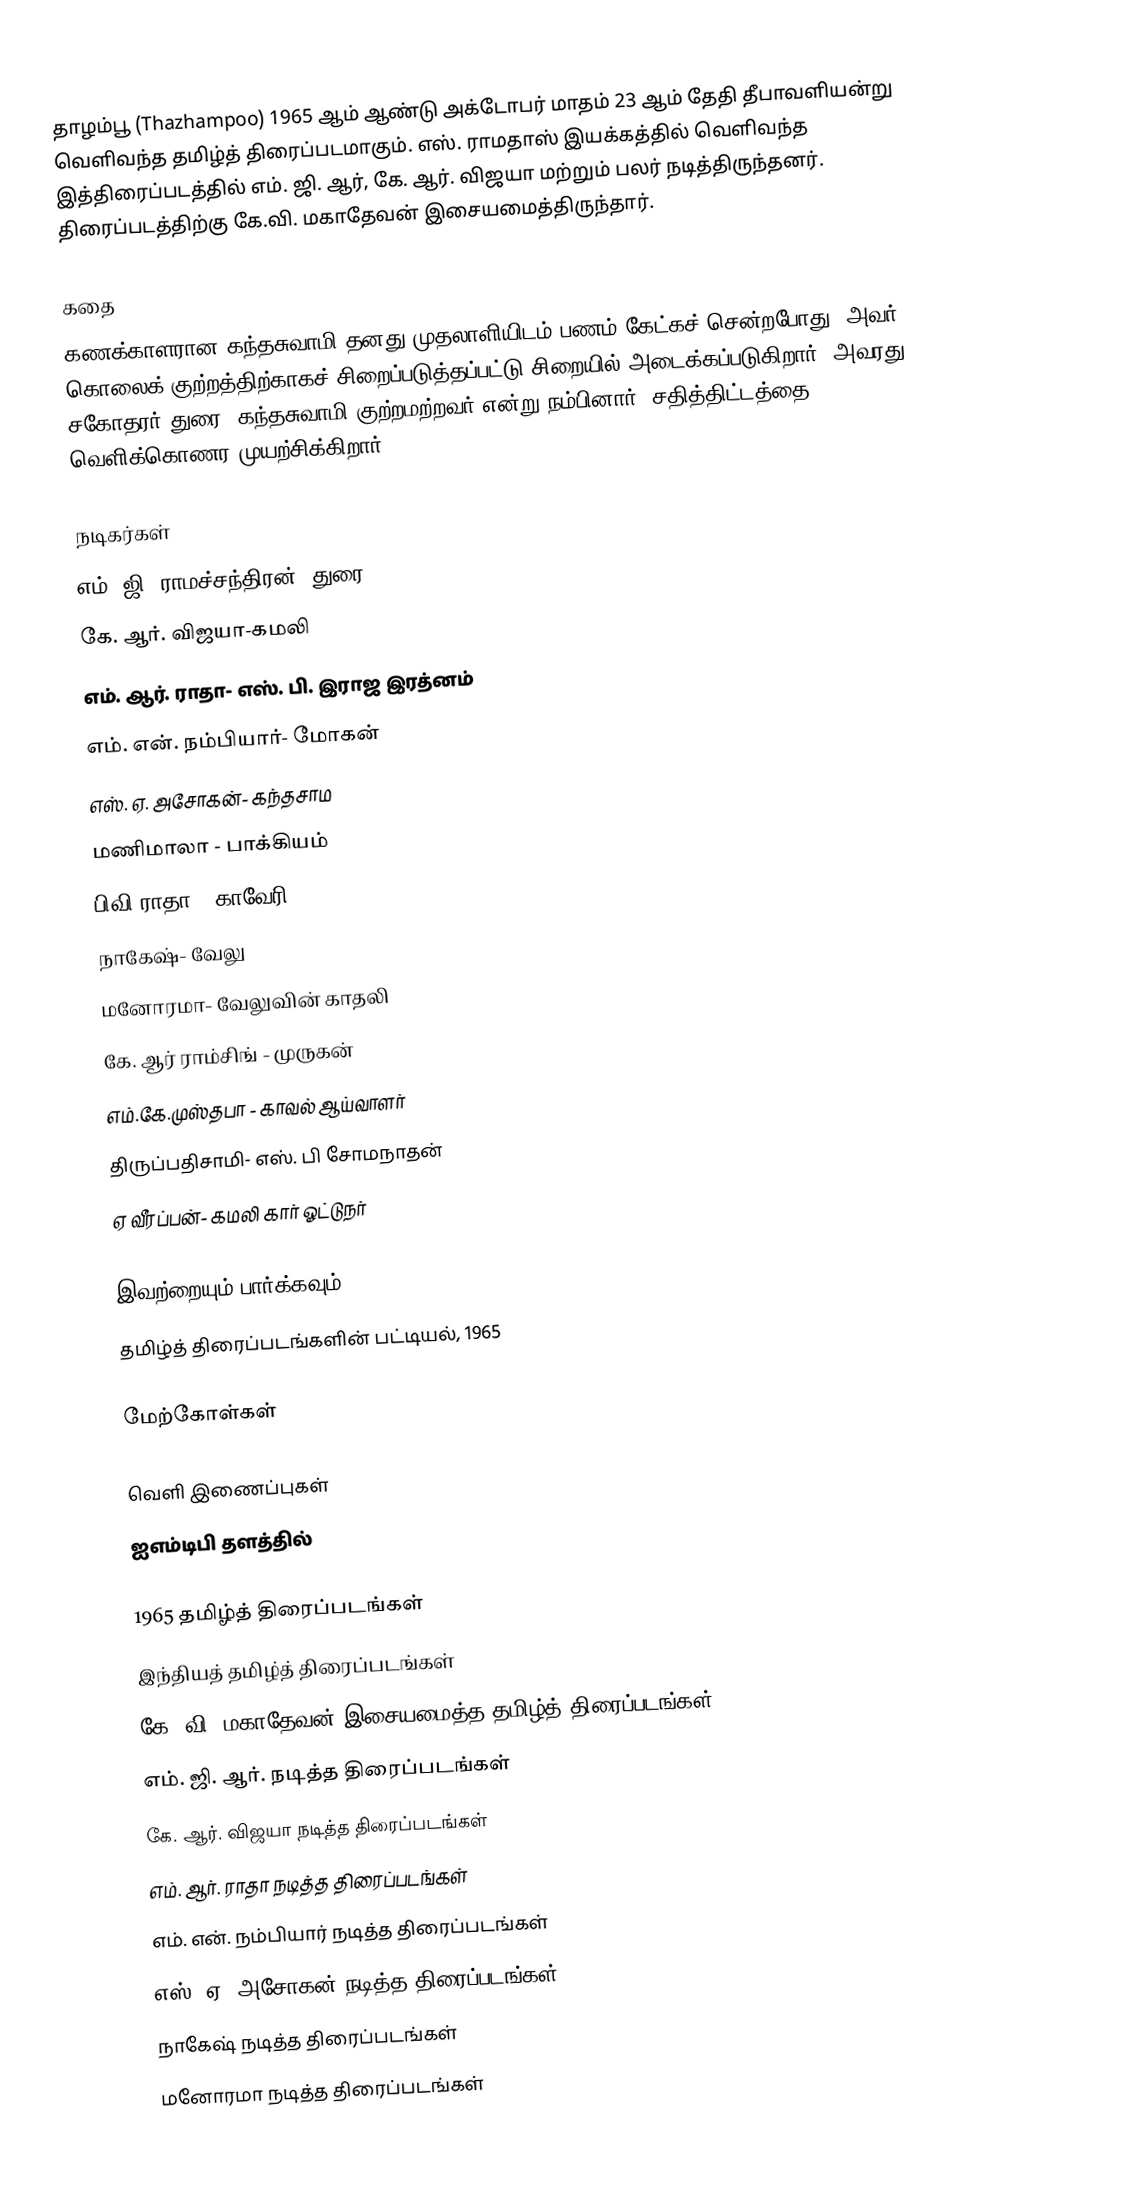
தாழம்பூ (Thazhampoo) 1965 ஆம் ஆண்டு அக்டோபர் மாதம் 23 ஆம் தேதி தீபாவளியன்று வெளிவந்த தமிழ்த் திரைப்படமாகும். எஸ். ராமதாஸ் இயக்கத்தில் வெளிவந்த இத்திரைப்படத்தில் எம். ஜி. ஆர், கே. ஆர். விஜயா மற்றும் பலர் நடித்திருந்தனர். திரைப்படத்திற்கு கே.வி. மகாதேவன் இசையமைத்திருந்தார்.

கதை
கணக்காளரான கந்தசுவாமி தனது முதலாளியிடம் பணம் கேட்கச் சென்றபோது, அவர் கொலைக் குற்றத்திற்காகச் சிறைப்படுத்தப்பட்டு சிறையில் அடைக்கப்படுகிறார். அவரது சகோதரர் துரை, கந்தசுவாமி குற்றமற்றவர் என்று நம்பினார், சதித்திட்டத்தை வெளிக்கொணர முயற்சிக்கிறார்.

நடிகர்கள்
 எம். ஜி. ராமச்சந்திரன்- துரை
 கே. ஆர். விஜயா-கமலி
 எம். ஆர். ராதா- எஸ். பி. இராஜ இரத்னம்
 எம். என். நம்பியார்- மோகன்
 எஸ். ஏ. அசோகன்- கந்தசாம
 மணிமாலா - பாக்கியம்
 பிவி ராதா - காவேரி
 நாகேஷ்- வேலு
 மனோரமா- வேலுவின் காதலி
 கே. ஆர் ராம்சிங் - முருகன்
 எம்.கே.முஸ்தபா - காவல் ஆய்வாளர்
 திருப்பதிசாமி- எஸ். பி சோமநாதன்
 ஏ வீரப்பன்- கமலி கார் ஓட்டுநர்

இவற்றையும் பார்க்கவும்
 தமிழ்த் திரைப்படங்களின் பட்டியல், 1965

மேற்கோள்கள்

வெளி இணைப்புகள்
 ஐஎம்டிபி தளத்தில்

1965 தமிழ்த் திரைப்படங்கள்
இந்தியத் தமிழ்த் திரைப்படங்கள்
கே. வி. மகாதேவன் இசையமைத்த தமிழ்த் திரைப்படங்கள்
எம். ஜி. ஆர். நடித்த திரைப்படங்கள்
கே. ஆர். விஜயா நடித்த திரைப்படங்கள்
எம். ஆர். ராதா நடித்த திரைப்படங்கள்
எம். என். நம்பியார் நடித்த திரைப்படங்கள்
எஸ். ஏ. அசோகன் நடித்த திரைப்படங்கள்
நாகேஷ் நடித்த திரைப்படங்கள்
மனோரமா நடித்த திரைப்படங்கள்